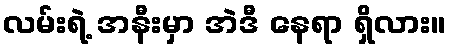
လမ်းရဲ့ အနီးမှာ အဲဒီ နေရာ ရှိလား။